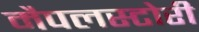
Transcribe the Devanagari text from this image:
मैपलस्टोरी